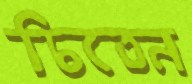
চিতেন